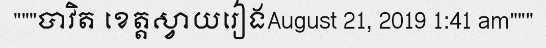
"""បាវិត ខេត្តស្វាយរៀងAugust 21, 2019 1:41 am"""